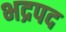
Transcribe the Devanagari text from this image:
भद्रपद